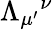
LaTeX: \Lambda_{\mu^{\prime}}{}^{\nu}